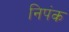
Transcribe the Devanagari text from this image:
निपंक